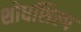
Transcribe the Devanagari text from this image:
शोधशिल्प